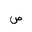
Letter: _sad